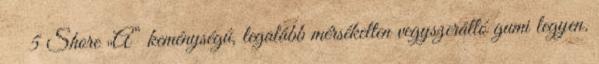
5 Shore „A” keménységû, legalább mérsékelten vegyszerálló gumi legyen.